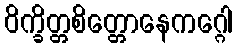
ဝိက္ခိတ္တစိတ္တောနေကဂ္ဂေါ